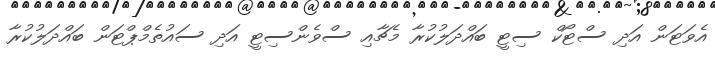
އެވަޓަން އަދި ސްޓޯކް ސިޓީ ބައްދަލުކުރާ މެޗާއި ސްވެންސިޓީ އަދި ސައުތެމްޕްޓަން ބައްދަލުކުރާ